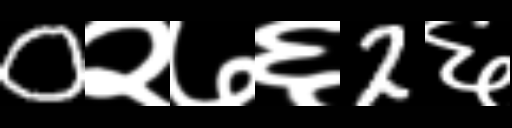
Text: 0२७६2६